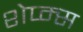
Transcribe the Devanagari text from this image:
शेप्म्स